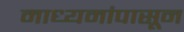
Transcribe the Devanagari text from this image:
माध्यमांपासून